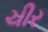
ચીર